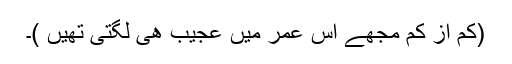
(کم از کم مجھے اس عمر میں عجیب ھی لگتی تھیں )۔